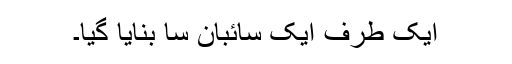
ایک طرف ایک سائبان سا بنایا گیا۔